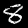
Digit: 8